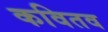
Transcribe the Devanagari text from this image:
कवितव